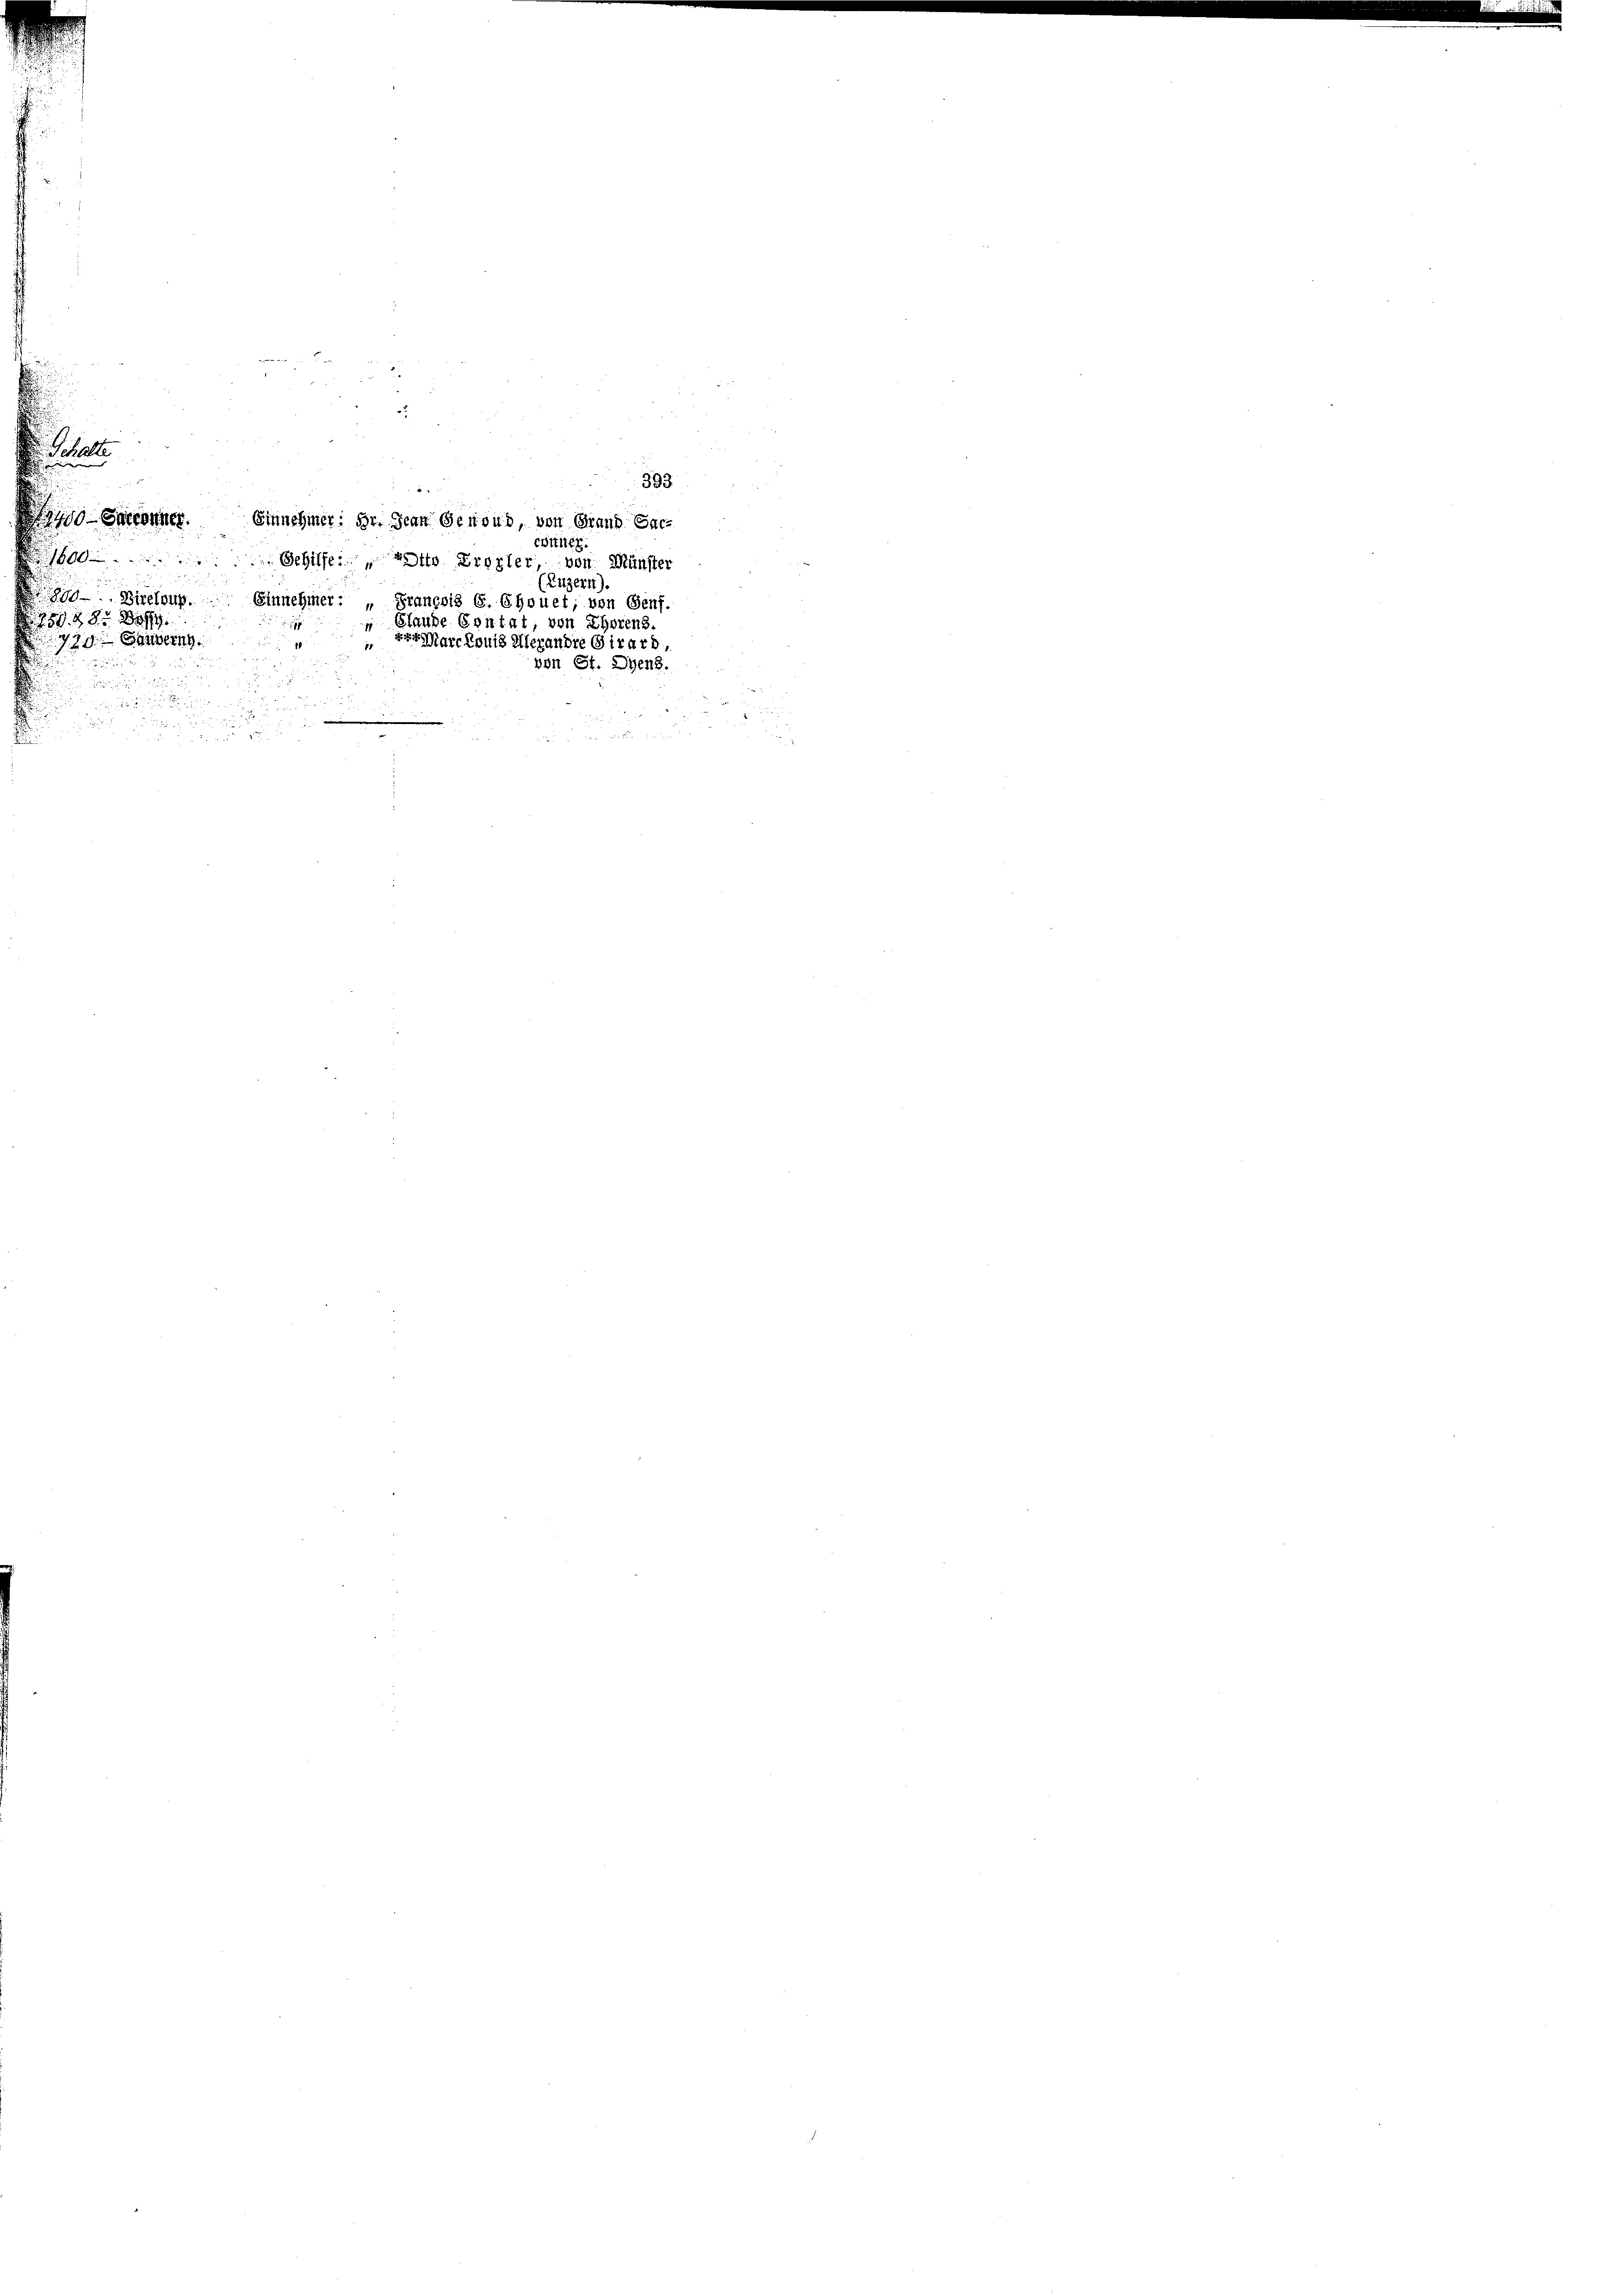
393

-Garconie. Einnehmer ihr. Jean Genoud, von Grand Sac
cottier.
1600 Gehilfe Otto Erörter, von Münster
Luzern).
Birelang. Einnehmer: " Francois G. Chouet, von Genf.
A 159. 28. 289
 Glaube Contat, von Ehorens.
779. Handern
 der Marckonis Alexandre Girard,

.
.
von St. Diens.

Schalte